[Report on the health of British troops in the Madras command]
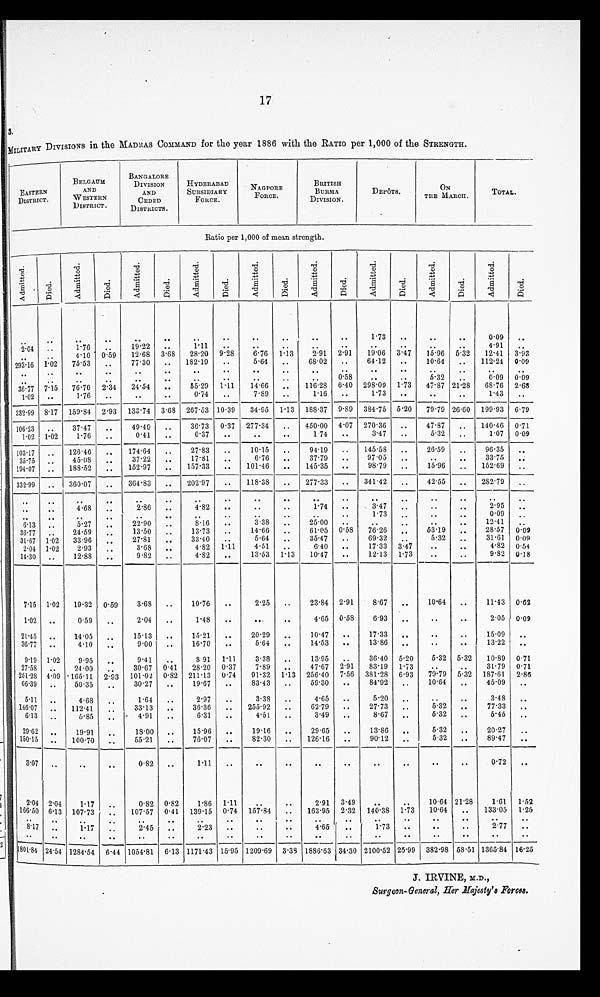
17
3.
MILITARY DIVISIONS in the MADRAS COMMAND for the year 1886 with the RATIO per 1,000 of the STRENGTH.
EASTERN
DISTRICT.
BELGAUM
AND
WESTERN
DISTRICT.
BANGALORE
DIVISION
AND
CEDED
DISTRICTS.
HYDERABAD
SUBSIDIARY
FORCE.
NAGPORE
FORCE.
BRITISH
BURMA
DIVISION.
DEPOTS.
ON
THE MARCH.
TOTAL.
Ratio per 1,000 of mean strength.
A d m i t t e d .
D i e d .
A d m i t t e d .
D i e d .
A d m i t t e d .
D i e d .
A d m i t t e d .
D i e d .
A d m i t t e d .
D i e d .
A d m i t t e d .
D i e d .
A d m i t t e d .
D i e d .
A d m i t t e d .
D i e d .
A d m i t t e d .
D i e d .
.. .. .. .. .. .. .. .. .. .. .. ..
1.73
..
..
..
0.09
..
2 . 0 4
..
1.76
..
19.22
..
1.11
.. .. .. .. .. .. .. .. ..
4.91
.. ..
..
4.10 0.59
12.68 3.68
28.20 9.28
6.76 1.13
2.91 2.91
19.06 3.47
15.96 5.. 3 2
12.41
3.93
293.16 1.02
75.53
..
77.30
..
182.19
..
5.64
..
68.02
..
64.12
..
10.64
..
112.24 0.09
.. .. .. .. .. .. .. .. ..
..
.. .. .. .. .. .. .. .. .. .. .. .. .. .. .. .. .. .. ..
0.58
..
..
5.32
..
0.09 0.09
36.77 7.15
76.70
2.34
24.54
..
55.29 1.11
14.66
..
116.28 6.40 298.09 1.73
47.87 21.28
68.76 2.68
1.02
..
1.76
..
..
..
0.74
..
7.89
..
1.16
..
1.73
..
..
..
1.43
..
332.99 8.17 159.84 2.93 133.74 3.68 267.53 10.39
34.95 1.13 188.37 9.89 384.75 5.20
79.79 26.60 199.93 6.79
106.23
..
37.47
..
49.49
..
36.73
0.37 277.34
..
450.00
4.07 270.36
..
47.87
..
140.46 0.71
1.02 1.02
1.76
..
0.41
..
0.37
..
..
..
1.74
..
3.47
..
5.32
..
1.07
0.09
103.17
..
126.46
..
174.64
..
27.83
..
10.15
..
94.19
..
145.58
..
26.59
..
96.35
..
35.75
..
45.08
..
37.22
..
17.81
..
6.76
..
37.79
..
97.05
..
..
..
33.75
..
194.07
..
188.52
..
152.97
..
157.33
..
101.46
..
145.35
..
98.79
..
15.96
..
152.69
..
332.99
..
360.07
..
364.83
..
202.97
..
118.38
..
277.33
..
341.42
..
42.55
..
282.79
.. .. .. .. .. .. .. .. .. .. .. .. .. .. .. .. .. .. .. .. ..
4.68
..
2.86
..
4.82
..
.. ..
1.74
..
3.47
.. .. ..
2.95
.. .. .. .. .. .. .. .. .. .. .. ..
1.73
.. .. ..
0.09
..
6 . 1 3
..
5.27
..
22.90
..
8.16
..
3.38
..
25.00
.. .. .. .. ..
12.41
..
36.77
..
24.59
..
13.50
..
13.73
..
14.66
..
61.05 0.58
76.26
..
53.19
..
28.57 0.09
31.67
1 . 0 2
33.96
..
27.81
..
33.40
..
5.64
..
35.47
..
69.32
..
5.32
..
31.61 0.09
2.04
1. 02
2.93
..
3.68
..
4.82
1.11
4.51
..
6.40
..
17.33 3.47
..
..
4.82 0.54
14.30
..
12.88
..
9.82
..
4.82
..
13.53 1.13
10.47
..
12.13 1.73
..
..
9.82 0.18
7.15
1. 02
19.32 0.59
3.68
..
10.76
..
2.25
..
23.84 2.91
8.67
..
10.64
..
11.43 0.62
1.02
..
0.59
..
2.04
..
1.48
..
..
..
4.65 0.58
6.93
..
..
..
2.05 0.09
21.45
..
14.05
..
15.13
..
15.21
..
20.29
..
10.47
..
17.33
..
..
..
15.09
..
36.77
..
4.10
..
9.00
..
16.70
..
5.64
..
14.53
..
13.86
.. .. ..
13.22
..
9.19 1.02
9.95
..
9.41
..
8.91
1.11
3.38
..
13.95
..
36.40 5.20
5.32
5. 32
10.89 0.71
27.58
..
24.00
..
30.67 0.41
28.20 0 . 37
7.89
..
47.67 2.91
83.19 1.73
..
..
31.79 0.71
251.28
4.09 165.11 2.93 101.02 0.82 211.13 0.74
91.32 1.13 256.40 7.56 381.28 6.93
79.79
5. 32 187.61
2.86
66.39
..
50.35
..
30.27
..
19.67
..
83.43
..
59.30
..
84.92
..
10.64
..
45.09
..
5.11
..
4.68
..
1.64
..
2.97
..
3.38
..
4.65
..
5.20
.. .. ..
3.48
..
146.07
..
.
112.41
..
33.13
..
36.36
..
255.92
..
62.79
..
27.73
..
5.32
..
77.33
..
6.13
..
5.85
..
4.91
..
6.31
..
4.51
..
3.49
8.67
..
5.32
..
5.45
..
29.62
..
19.91
..
18.00
..
15.96
..
19.16
..
29.65
..
13.86
..
5.32
..
20.27
..
150.15
..
100.70
..
55.21
..
76.07
..
82.30
..
126.16
..
90.12
..
5.32
..
89.47
..
3.07
.. .. ..
0.82
..
1.11
.. .. .. .. .. .. .. .. ..
0.72
..
2.04 2.04
1.17
..
0.82 0.82
1.86 1.11
.. ..
2.91 3.49
.. ..
10.64 21.28
1.61
1.52
166.50 6.13 107.73
..
107.57 0.41
139.15 0.74 157.84
..
163.95 2.32
140.38 1.73
10.64
..
133.05
1.25
.. .. .. .. .. .. .. .. .. .. .. .. .. .. .. .. .. ..
8.17
..
1.17
..
2.45
..
2.23
..
..
..
4.65
..
1 . 7 3
.. .. ..
2.77
..
.. .. .. .. .. .. .. .. .. .. .. .. .. .. .. .. .. ..
1801.84 24.54 1284.54 6.44 1054.81 6.13 1171.43 15.95 1209.69 3.38 1886.63 34.30 2100.52 25.99 382.98 58.51 1365.84 16.25
J. IRVINE, M.D.,
Surgeon-General, Her Majesty's Forces.